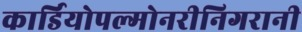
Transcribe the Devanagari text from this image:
कार्डियोपल्मोनरीनिगरानी